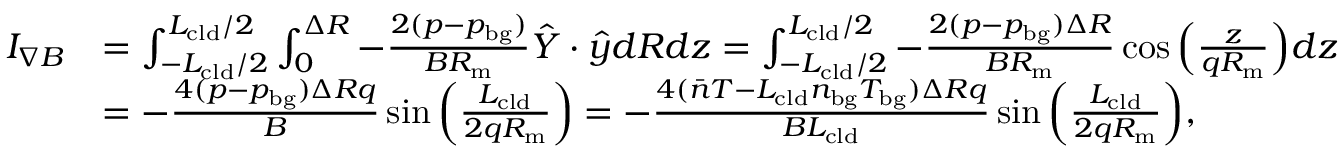
\begin{array} { r l } { I _ { \nabla B } } & { = \int _ { - L _ { \mathrm { c l d } } / 2 } ^ { L _ { \mathrm { c l d } } / 2 } \int _ { 0 } ^ { \Delta R } - \frac { 2 ( p - p _ { \mathrm { b g } } ) } { B R _ { \mathrm { m } } } \hat { Y } \cdot \hat { y } d R d z = \int _ { - L _ { \mathrm { c l d } } / 2 } ^ { L _ { \mathrm { c l d } } / 2 } - \frac { 2 ( p - p _ { \mathrm { b g } } ) \Delta R } { B R _ { \mathrm { m } } } \cos { \left( \frac { z } { q R _ { \mathrm { m } } } \right) } d z } \\ & { = - \frac { 4 ( p - p _ { \mathrm { b g } } ) \Delta R q } { B } \sin { \left( \frac { L _ { \mathrm { c l d } } } { 2 q R _ { \mathrm { m } } } \right) } = - \frac { 4 ( \bar { n } T - L _ { \mathrm { c l d } } n _ { \mathrm { b g } } T _ { \mathrm { b g } } ) \Delta R q } { B L _ { \mathrm { c l d } } } \sin { \left( \frac { L _ { \mathrm { c l d } } } { 2 q R _ { \mathrm { m } } } \right) } , } \end{array}